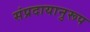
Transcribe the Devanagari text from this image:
संप्रदायानुरूप